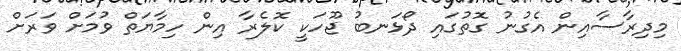
މިދިރާސާއިން އެގުނު ގޮތުގައި ދޯޅަނބު ޖޫހަކީ ކޮލެރާ އިން ހިމާޔަތް ވުމަށް ވަރަށް